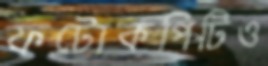
ফটোকপিটিও